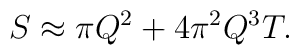
S \approx \pi Q^2 + 4\pi^2 Q^3 T.